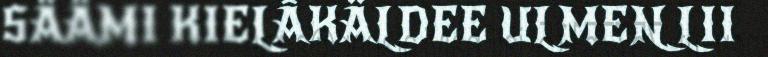
SÄÄMI KIELÂKÄLDEE ULMEN LII